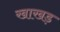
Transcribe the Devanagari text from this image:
खाखड़